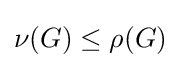
\nu (G)\leq \rho (G)